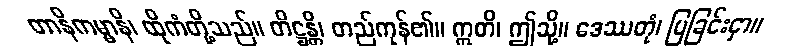
တာနိကမ္မာနိ၊ ထိုကံတို့သည်။ တိဋ္ဌန္တိ၊ တည်ကုန်၏။ ဣတိ၊ ဤသို့။ ဒေဿတုံ၊ ပြခြင်းငှာ။